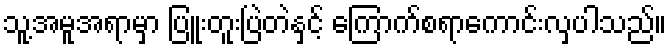
သူ့အမူအရာမှာ ပြူးတူးပြဲတဲနှင့် ကြောက်စရာကောင်းလှပါသည်။